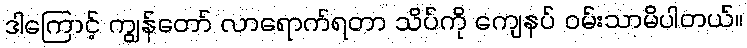
ဒါကြောင့် ကျွန်တော် လာရောက်ရတာ သိပ်ကို ကျေနပ် ဝမ်းသာမိပါတယ်။